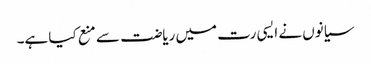
سیانوں نے ایسی رت میں ریاضت سے منع کیا ہے۔